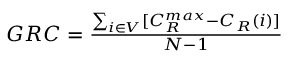
\begin{array} { r } { G R C = \frac { \sum _ { i \in V } [ C _ { R } ^ { m a x } - C _ { R } ( i ) ] } { N - 1 } } \end{array}